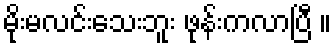
မိုးမလင်းသေးဘူး ဖုန်းကလာပြီ ။